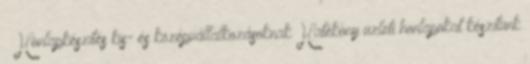
« Honlapkészítés kis- és középvállalkozásoknak Hatékony üzleti honlapokat készítünk